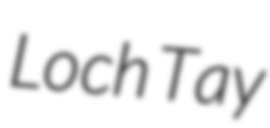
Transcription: Loch Tay